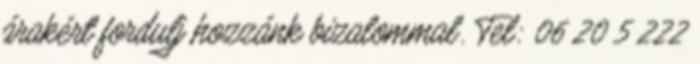
árakért fordulj hozzánk bizalommal. Tel: 06 20 5 222